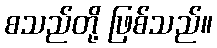
စသည်တို့ ဖြစ်သည်။